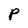
Character: p